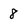
Character: 8